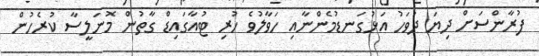
ފުރާންސަށް ދިޔަ ދުވަހު އަޅުގަނޑުމެންނާއި ހަވާލުވެ ހުރި ޓުއާގައިޑް ގާތުން މޮނަލީސާ ކުރެހުން